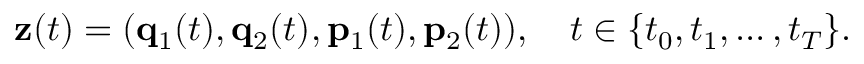
\mathbf { z } ( t ) = ( \mathbf { q } _ { 1 } ( t ) , \mathbf { q } _ { 2 } ( t ) , \mathbf { p } _ { 1 } ( t ) , \mathbf { p } _ { 2 } ( t ) ) , \quad t \in \{ t _ { 0 } , t _ { 1 } , \ldots , t _ { T } \} .